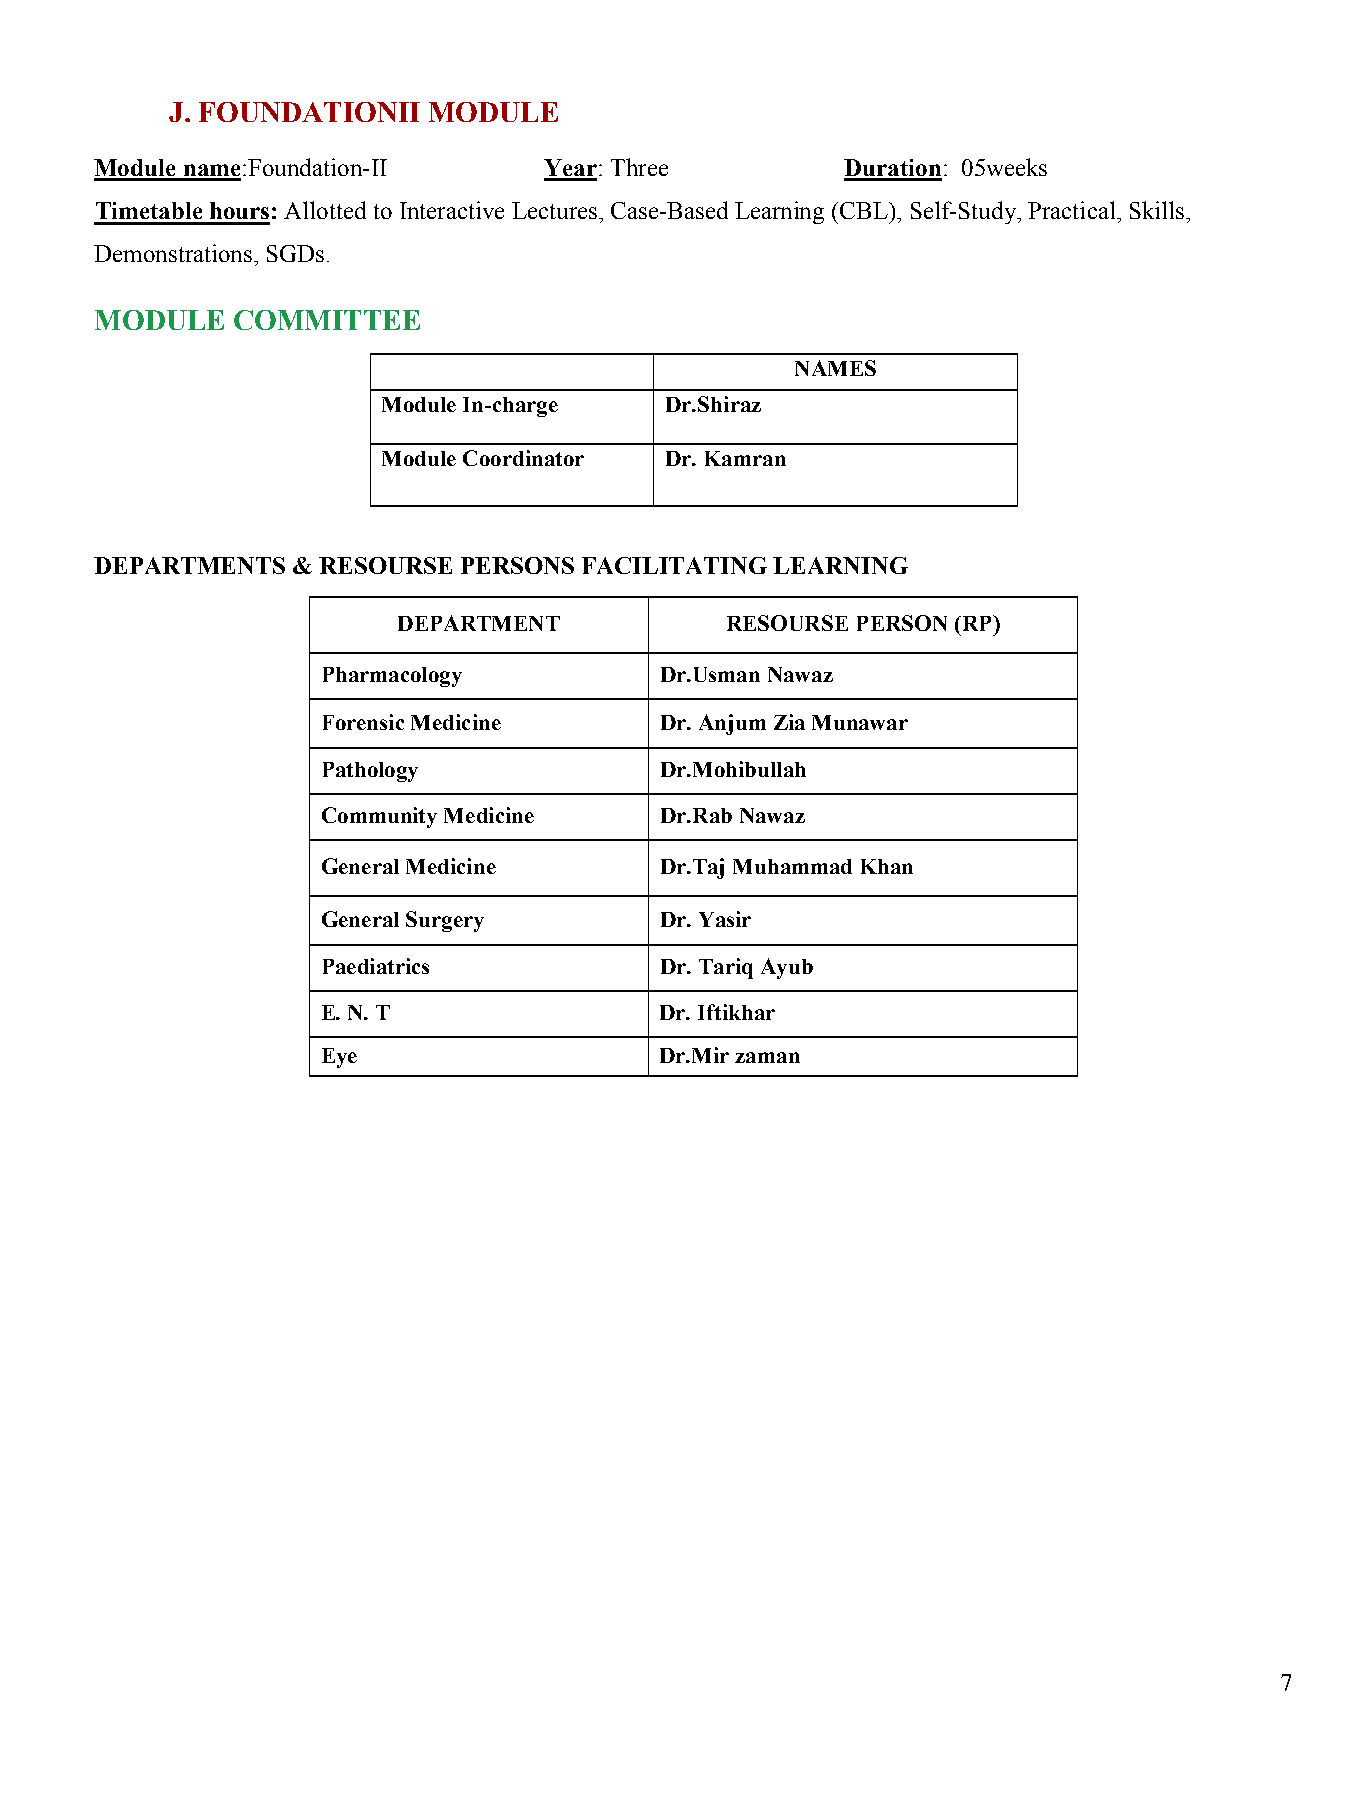
J. FOUNDATIONII  MODULE
 Module name:Foundation-II     Year: Three         Duration: 05weeks
 Timetable hours: Allotted to Interactive Lectures, Case-Based Learning (CBL), Self-Study, Practical, Skills,
 Demonstrations, SGDs.
 MODULE   COMMITTEE
 NAMES
 Module In-charge   Dr.Shiraz
 Module Coordinator Dr. Kamran
 DEPARTMENTS  & RESOURSE  PERSONS FACILITATING LEARNING
 DEPARTMENT            RESOURSE PERSON (RP)
 Pharmacology           Dr.Usman Nawaz
 Forensic Medicine      Dr. Anjum Zia Munawar
 Pathology              Dr.Mohibullah
 Community Medicine     Dr.Rab Nawaz
 General Medicine       Dr.Taj Muhammad Khan
 General Surgery        Dr. Yasir
 Paediatrics            Dr. Tariq Ayub
 E. N. T                Dr. Iftikhar
 Eye                    Dr.Mir zaman
 7